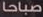
صباحا